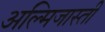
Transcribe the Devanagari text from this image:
अल्मिजास्ती